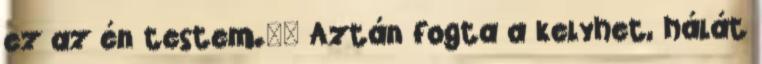
ez az én testem.'' Aztán fogta a kelyhet, hálát